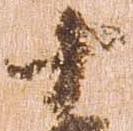
十